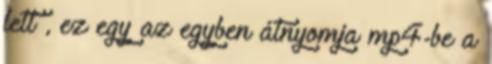
lett , ez egy az egyben átnyomja mp4-be a